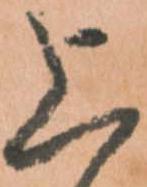
上